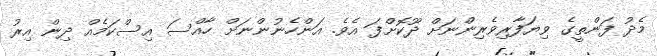
މެދު ފަންތީގެ ވިޔަފާރިވެރިންނަށް ދޫކޮށްފަ އެވެ. އަންހެނުންނަށް ހާއްސަ އިސްކަމެއް ދިން އިރު